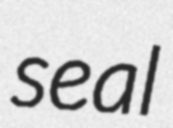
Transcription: seal